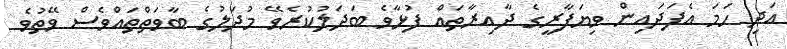
އަދި ހަމަ އެފަދައިން ވިޔަފާރީގެ ދާއިރާތައް ފުޅާވެ ބަދަލުކުރެވޭ މުދަލުގެ ބާވަތްތައްވެސް ވޭތުވެ